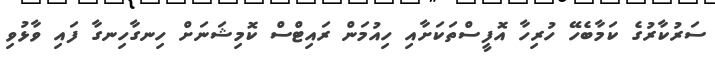
ސަރުކާރުގެ ކަމާބެހޭ ހުރިހާ އޮފީސްތަކަށާއި ހިއުމަން ރައިޓްސް ކޮމިޝަނަށް ހިނގާހިނގާ ފައި ވާޅުވި